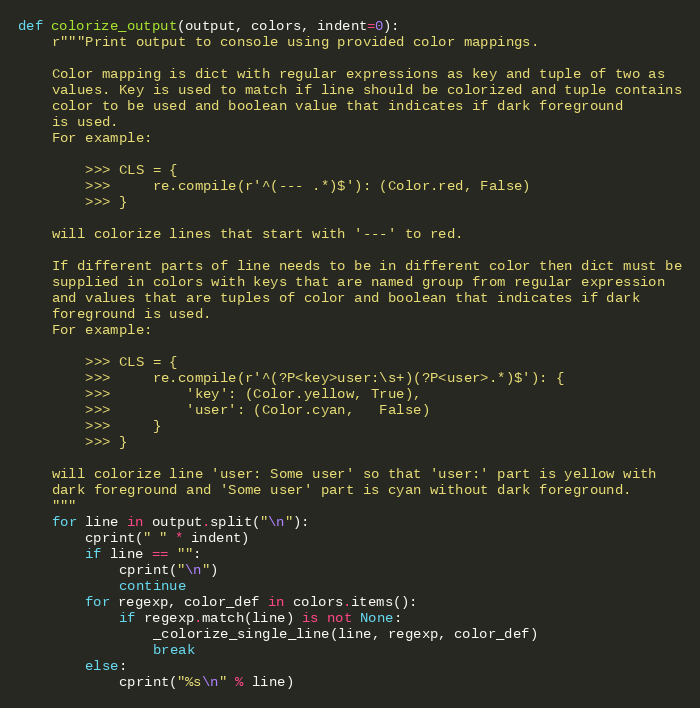
Language: Python
def colorize_output(output, colors, indent=0):
    r"""Print output to console using provided color mappings.

    Color mapping is dict with regular expressions as key and tuple of two as
    values. Key is used to match if line should be colorized and tuple contains
    color to be used and boolean value that indicates if dark foreground
    is used.
    For example:

        >>> CLS = {
        >>>     re.compile(r'^(--- .*)$'): (Color.red, False)
        >>> }

    will colorize lines that start with '---' to red.

    If different parts of line needs to be in different color then dict must be
    supplied in colors with keys that are named group from regular expression
    and values that are tuples of color and boolean that indicates if dark
    foreground is used.
    For example:

        >>> CLS = {
        >>>     re.compile(r'^(?P<key>user:\s+)(?P<user>.*)$'): {
        >>>         'key': (Color.yellow, True),
        >>>         'user': (Color.cyan,   False)
        >>>     }
        >>> }

    will colorize line 'user: Some user' so that 'user:' part is yellow with
    dark foreground and 'Some user' part is cyan without dark foreground.
    """
    for line in output.split("\n"):
        cprint(" " * indent)
        if line == "":
            cprint("\n")
            continue
        for regexp, color_def in colors.items():
            if regexp.match(line) is not None:
                _colorize_single_line(line, regexp, color_def)
                break
        else:
            cprint("%s\n" % line)